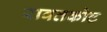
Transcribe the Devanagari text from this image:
रावतकोट